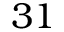
3 1